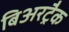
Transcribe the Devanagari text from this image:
बिअरट्रैक